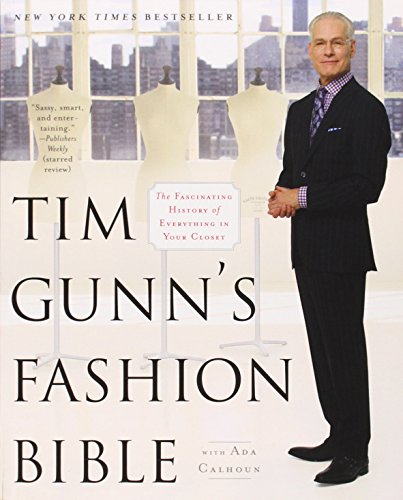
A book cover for Tim Gunn's Fashion Bible: The Fascinating History of Everything in Your Closet; Tim Gunn; Crafts, Hobbies & Home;